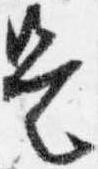
是